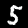
Label: 5